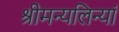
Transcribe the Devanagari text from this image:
श्रीमन्यलिन्यां